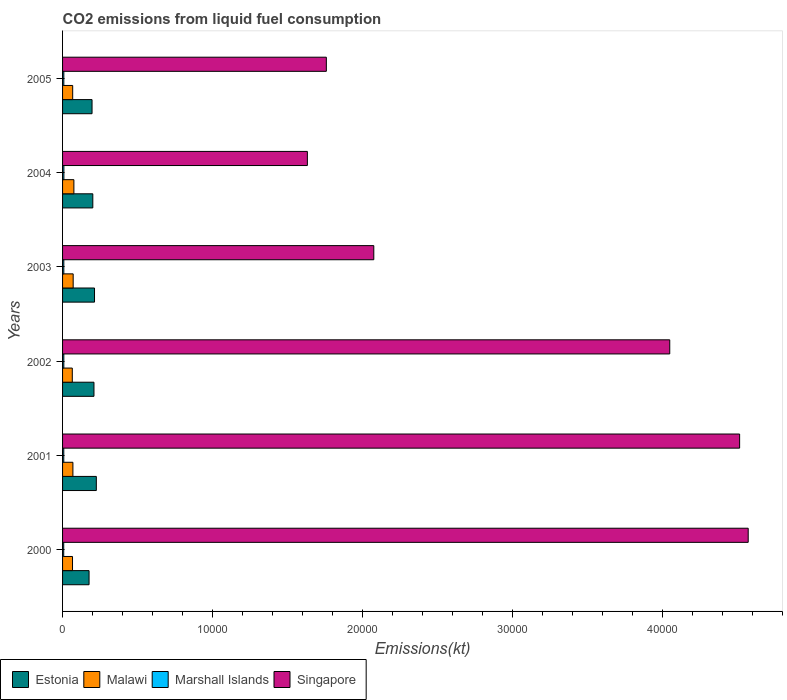
| Years | Estonia | Malawi | Marshall Islands | Singapore |
 | --- | --- | --- | --- | --- |
 | 2000 | 1.77e+03 | 664 | 77 | 4.57e+04 |
 | 2001 | 2.25e+03 | 689 | 80.7 | 4.52e+04 |
 | 2002 | 2.09e+03 | 649 | 84.3 | 4.05e+04 |
 | 2003 | 2.13e+03 | 708 | 84.3 | 2.08e+04 |
 | 2004 | 2.02e+03 | 755 | 88 | 1.63e+04 |
 | 2005 | 1.97e+03 | 675 | 84.3 | 1.76e+04 |